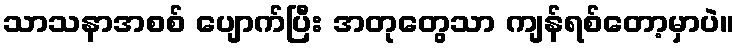
သာသနာအစစ် ပျောက်ပြီး အတုတွေသာ ကျန်ရစ်တော့မှာပဲ။